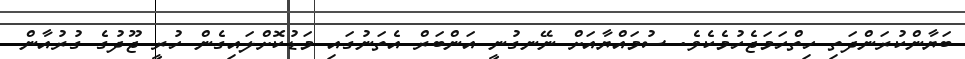
ބަޔާންކުރަންދަތި ހިތްހަމަޖެހުމެކެވެ. ސުމައްޔާއަށް ނޭނގުނީ އަންބަރް އެތަނުގައި މަޑުކޮށްލައިގެން ހުރީ ޖޫދުގެ ގުރުއާން